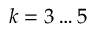
k = 3 \ldots 5